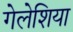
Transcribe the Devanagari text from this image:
गेलेशिया